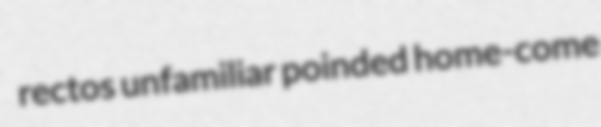
rectos unfamiliar poinded home-come